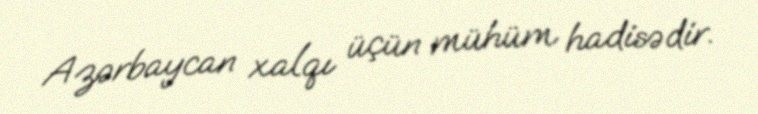
Azərbaycan xalqı üçün mühüm hadisədir.